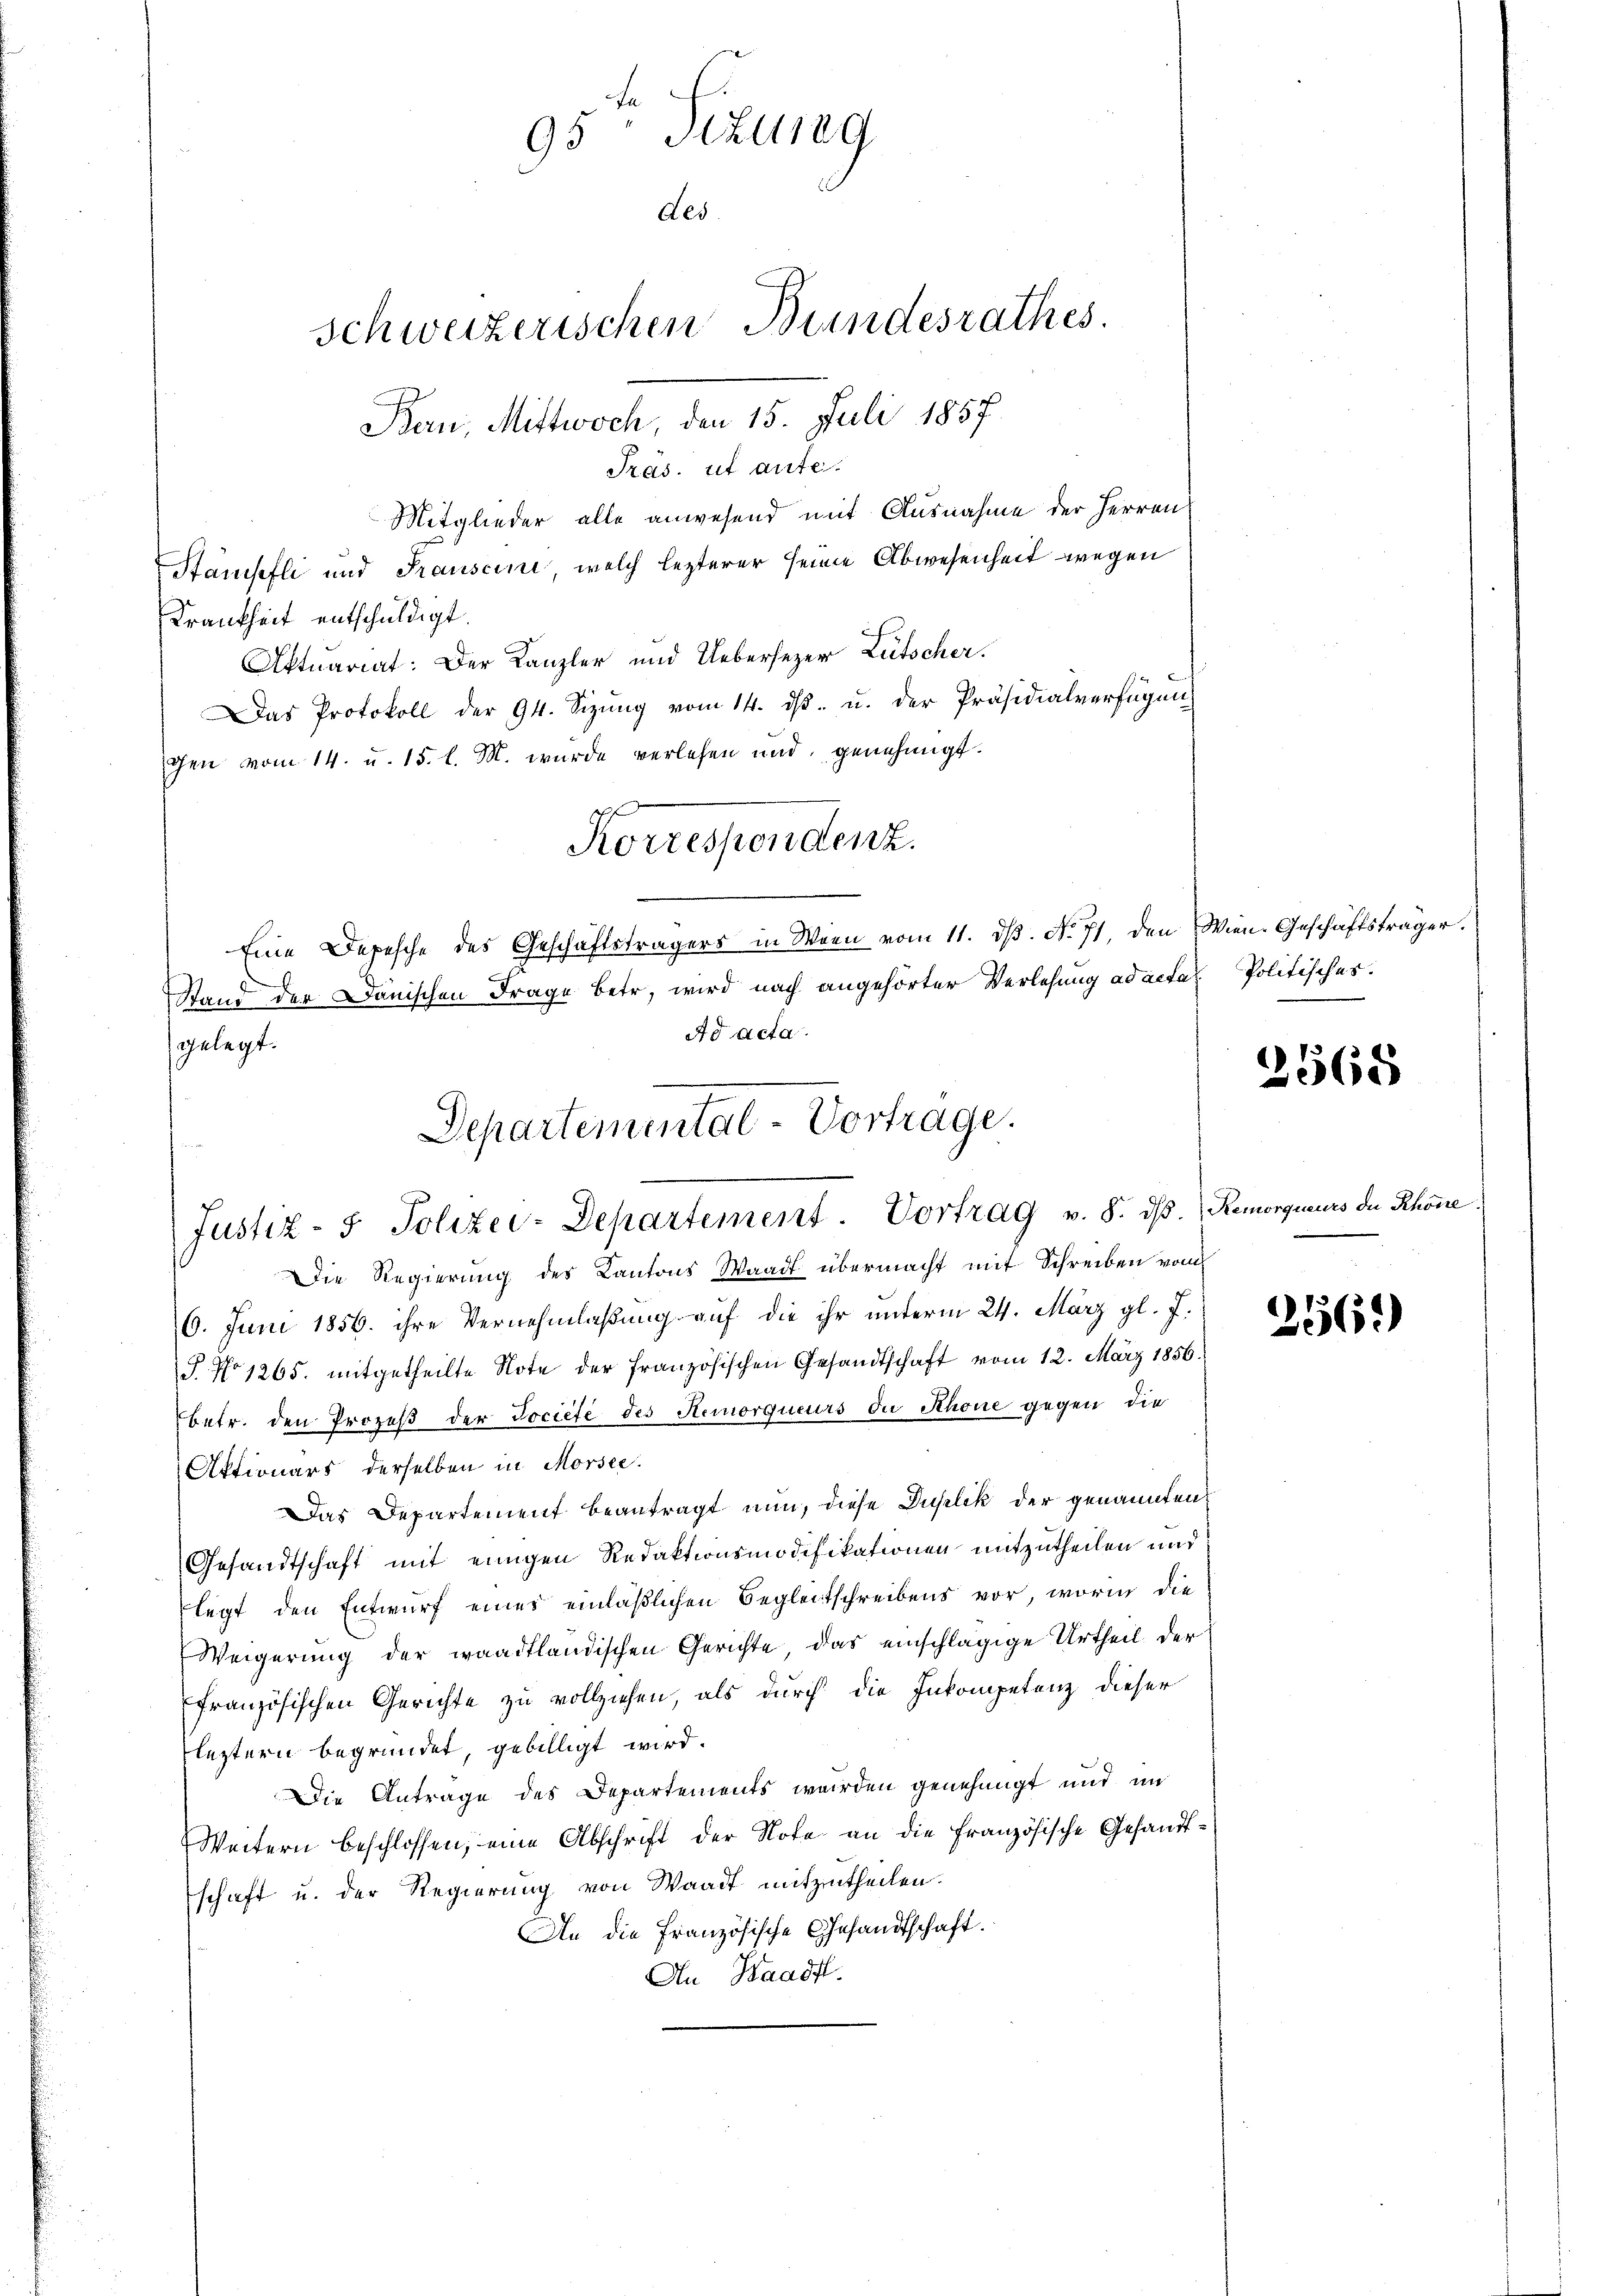
Pras. ut aufe.
Mitglieder alle anwesend mit Ausnahme der Herren
Stausefli und Frauscini, welch lezterer seine Abwesenheit wegen
Krankheit entschuldigt.
Aktuariat: Der Kanzler und Uebersezer Lütscher.
Das Protokoll der 94. Sizŭng vom 14. dβ. u. der Präsidialverfügung
gen vom 14. u. 15. l. M. wurde verlesen und genehmigt.
Eine Depesche des Geschäftsträgers in Wien vom 11. dβ. N. 71, den Wien. Geschäftsträger.
Stand der Dänischen Frage betr. wird nach angehörter Verlesung ad acta Politisches.
Die Regierung des Kantons Waadt übermacht mit Schreiben vom
6. Juni 1856. ihre Vernehmlaßung auf die ihr unterm 24. März gl. J.
J. No 1265. mitgetheilte Note der französischen Gesandtschaft vom 12. März 1856.
betr. den Prozeß der Dociete des Hemorqucurs der Schöne gegen die
Aktionars derselben in Morsee.
Das Departement beantragt nun, diese Duplik der genannten
Gesandtschaft mit einigen Redaktionsmodifikationen mitzutheilen und
legt den Entwurf eines einläßlichen Begleitschreibens vor, worin die
Weigerung der waadtländischen Gerichte, das einschlägige Urtheil der
ffranzösischen Gerichte zu vollziehen, als durch die Inkompetenz dieser
leztern begründet, gebilligt wird.
Die Antrage des Departements werden genehmigt und im
Weitern beschlossen, eine Abschrift der Note an die französische Gesandtschaft u. der Regierung von Waadt mitzutheilen.
An die Französische Gesandtschaft.
An Haadfl.

95 Tizung
schweizerischen Bundesrathes.
Bern, Mittwoch, den 15. Juli 1857

des.

Korrespondenz.

Ad acta.
gelegt.
Departemental-Vortrage.
Justiz- & Polizei-Departement. Vortrag v. 8. dβ. Remorqueurs de Rhone

2568

256.)